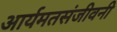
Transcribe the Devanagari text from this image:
आर्यमतसंजीवनी